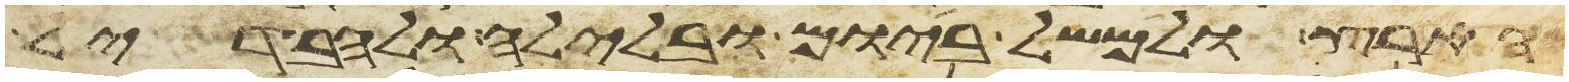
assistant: הארץ ולמשל ביום ובלילה ולהבדיל